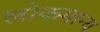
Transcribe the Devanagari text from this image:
लोकमान्‍य